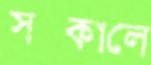
সক্কালে